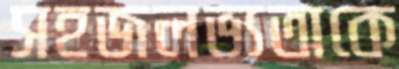
সহজলভ্যতাকে